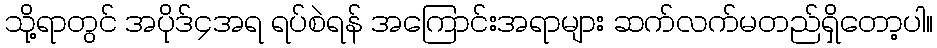
သို့ရာတွင် အပိုဒ်၄အရ ရပ်စဲရန် အကြောင်းအရာများ ဆက်လက်မတည်ရှိတော့ပါ။